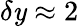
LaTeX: \delta\mathit{y}\approx2